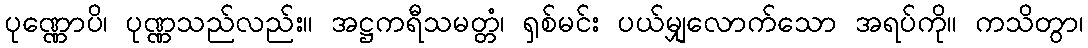
ပုဏ္ဏောပိ၊ ပုဏ္ဏသည်လည်း။ အဋ္ဌကရီသမတ္တံ၊ ရှစ်မင်း ပယ်မျှလောက်သော အရပ်ကို။ ကသိတွာ၊